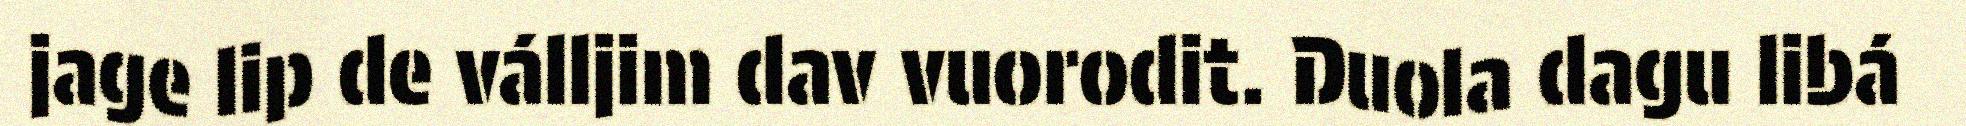
jage lip de válljim dav vuorodit. Duola dagu libá